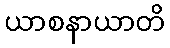
ယာစနာယာတိ